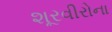
શૂરવીરોના